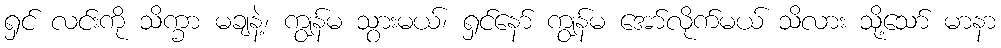
ရှင် လင်းကို သိက္ခာ မချနဲ့၊ ကျွန်မ သွားမယ်၊ ရှင်နော် ကျွန်မ အော်လိုက်မယ် သိလား သို့သော် မာနာ